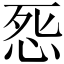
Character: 𭜨